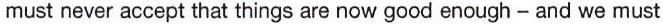
must never accept that things are now good enough - and we must